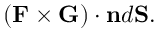
( \mathbf { F } \times \mathbf { G } ) \cdot \mathbf { n } d \mathbf { S } .